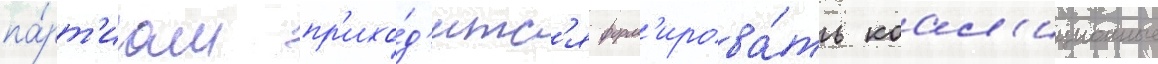
па́рт'иам пр'ихо́д'итс'я форм'ирова́ть коал'иционные